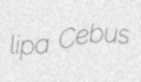
lipa Cebus